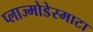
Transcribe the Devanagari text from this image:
प्लाज्मोडेस्माटा